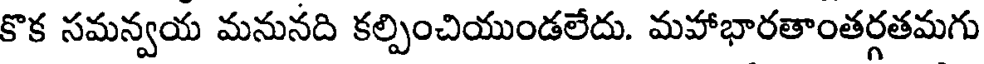
కొక సమన్వయ మనునది కల్పించియుండలేదు. మహాభారతాంతర్గతమగు